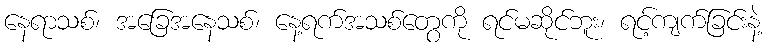
နေရာသစ်၊ အခြေအနေသစ်၊ နေ့ရက်အသစ်တွေကို ရင်မဆိုင်ဘူး၊ ရင့်ကျက်ခြင်းနဲ့